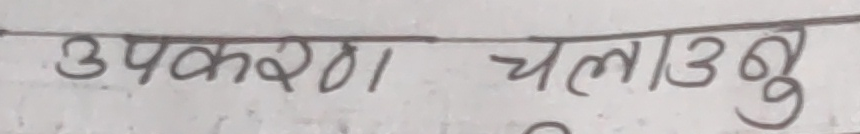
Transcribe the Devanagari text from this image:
उपकरण चलाउनु